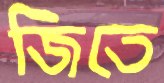
জিতে